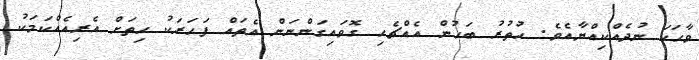
ވާހަކަ ނުދެއްކިއްޔާއެވެ. ހުތުރު ބަހުން އެއްޗެހި ގޮވައިގަންނަން އެތައް ފަހަރަކު ހިތަށް އެރިއެއްކަމަކު